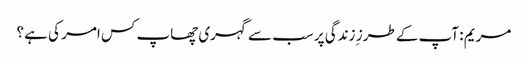
مریم : آپ کے طرز ِ زندگی پر سب سے گہری چھاپ کس امر کی ہے ؟